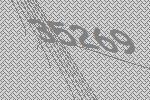
35269